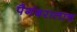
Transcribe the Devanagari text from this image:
पैगंबरालाच